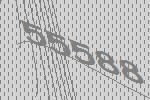
55588